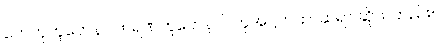
ဟေတုဘူတေနဝါကရဏဘူတေနဝါ၊ ဟုအဋ္ဌကထာဆရာ ဆိုသတည်း။